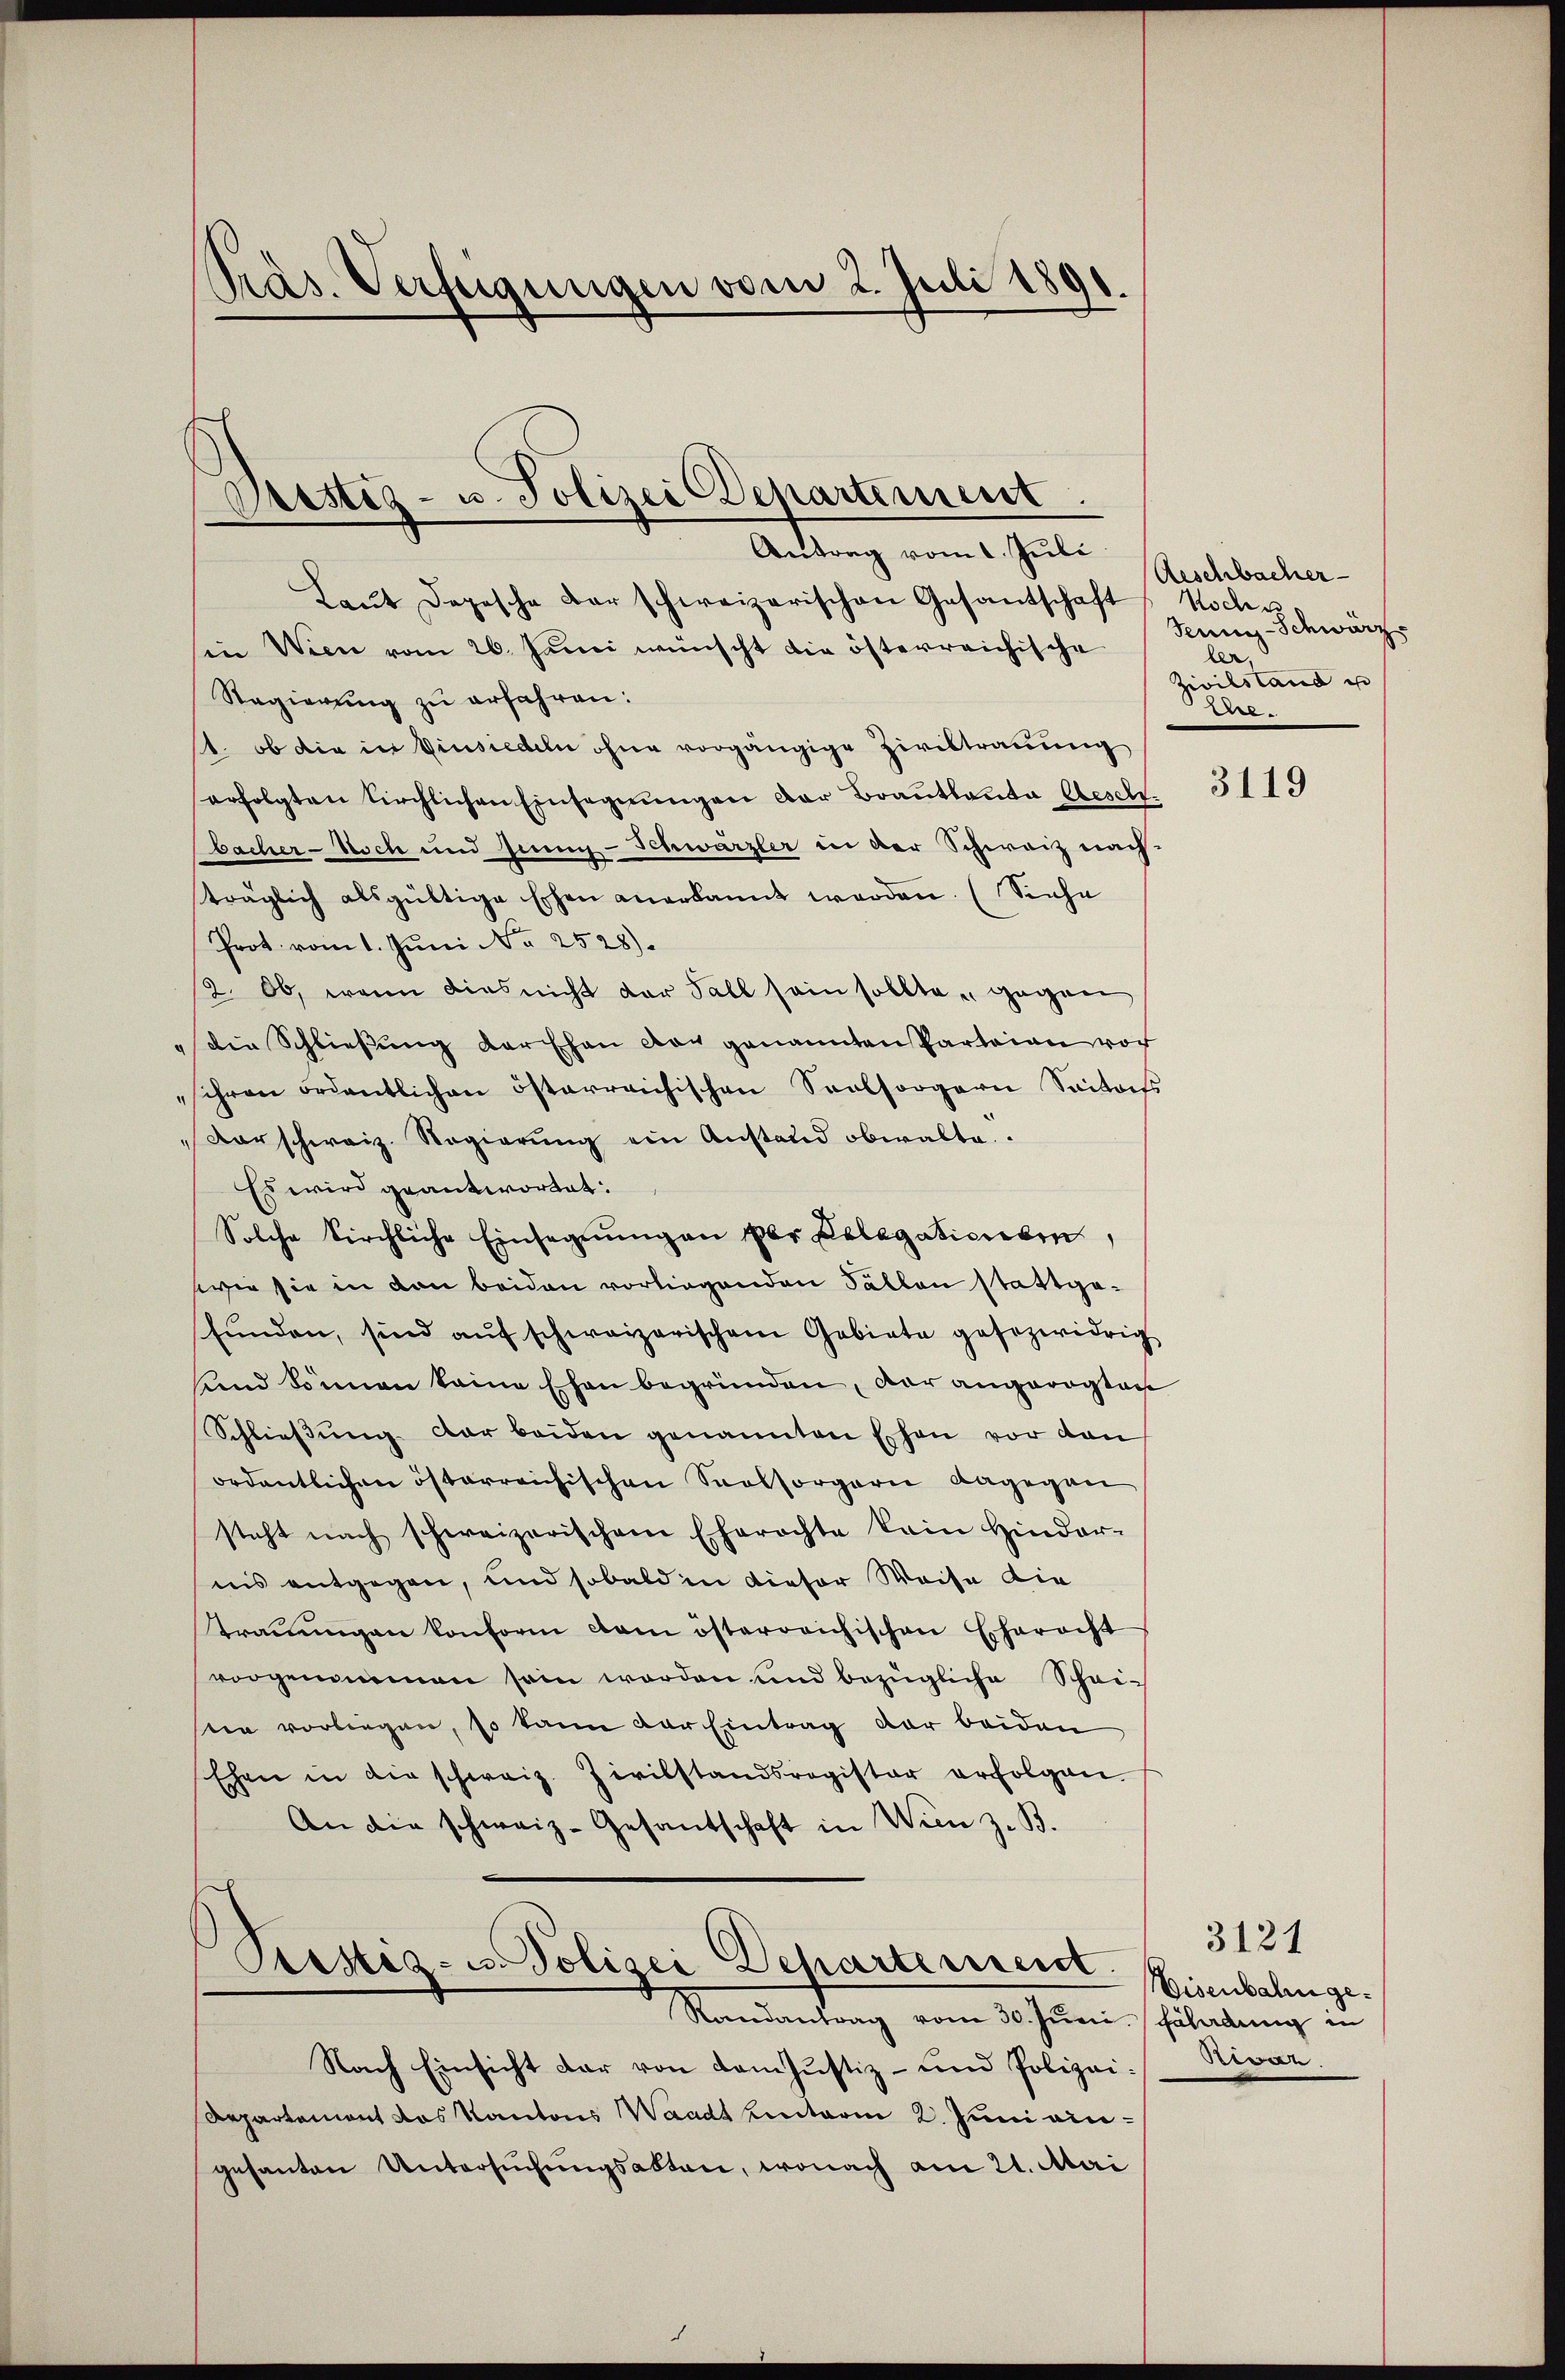
Präs. Verfügungen vom 2. Juli 1891.

Prestiz- u. Polizei Departement.
Antrag vom 1. Juli

Laŭt Depesche darschweizerischen Gesandschaft
in Wien vom 26. Junii wünscht die österreichische
Regierung zu erfahren:
4. ob die in Einsiedeln ohne vorgängige Ziviltrauung
erfolgten Kirchlichen Einsegnungen der Brautleuta Gesell-
bacher-Noch und Jenny-Schwärzler in der Schweiz nach
träglich alsgültige Eschen anerkannt worden. (Siehe
Prot. vom 1. Juni No 2528).
2. Ob, wenn dies nicht der Fall sein sollte gegen
die Schließung der Ehen dar genannten Parteien vor
schon ordentlichen österreichischen Seelsorgern Seitets
darschweiz. Regierŭng ein Anstand obwalte.
Es wird geantwortet.
Solche kirchliche Einsegnung an per Delegationen,
wie sie in den beiden vorliegenden Fällen stattgefŭnden, sind aŭf schweizerischem Gebiete gesezwidrig
Und können keine Ehen begründen, der angeregten
Schließung dar beiden genannten Ehen vor den
ordentlichen österreichischen Seelsorgern dagegen
steht nach schweizerischem Eherechte kain Hinder-
nis entgegen, und sobald in dieser Weise die
traŭŭngen konform dem österreichischen Eherecht
vorgenommen sein werden und bezügliche Scheisie vorliegen, so kann der Eintrag der beiden
Ehen in die schweiz. Zivilstandsregister erfolgen.
An die schweiz. Gesandschaft in Wien z. B.
Prestiz- u. Polizei Departerrent. Eisenbahnge¬
Randantrag vom 30. Juni fährdung in
Nach Einsicht dar von vom Justiz- und Polizei¬
Departement das Kantons Waadt hintaria 2. Juni eingesanten Untersŭchŭngsakten, wonach am 21. Mai

Aeschbacher
Noch s
Jenin-Schwärz
ler,
Zivilstand i
.

3119

3121
Beval